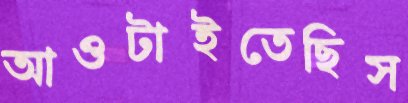
আওটাইতেছিস